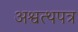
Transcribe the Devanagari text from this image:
अश्वत्थपत्र